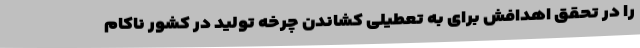
را در تحقق اهدافش برای به تعطیلی کشاندن چرخه تولید در کشور ناکام